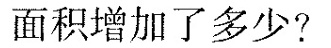
面积增加了多少?